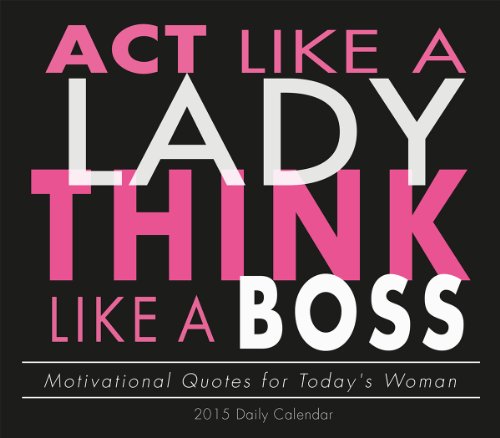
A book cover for Act Like a Lady, Think Like a Boss; Motivational Quotes for Today's Women 2015 Boxed Calendar; Sellers Publishing; Calendars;